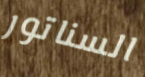
السناتور